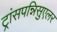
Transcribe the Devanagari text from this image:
ट्रांसपन्निसुएलर